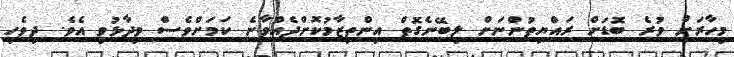
މިހާރަށް ވުރެ ބޮޑަށް ރައްޔިތުންނަށް ލިބޭނެގޮތް އިންތިޒާމުކޮށްދެއްވާނެ ކަމަށްވެސް ވިދާޅުވި އެވެ. ދިވެހި